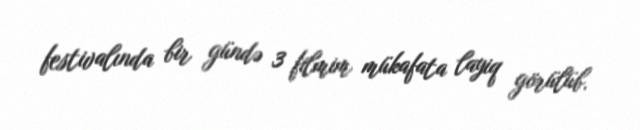
festivalında bir gündə 3 filmim mükafata layiq görülüb.